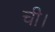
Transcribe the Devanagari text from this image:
ची।